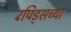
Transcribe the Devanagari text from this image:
रॅपिड्सच्या